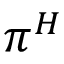
\pi ^ { H }